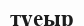
түеыр